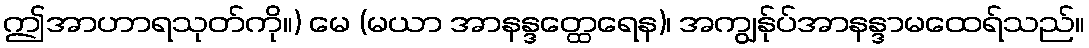
ဤအာဟာရသုတ်ကို။) မေ (မယာ အာနန္ဒတ္ထေရေန)၊ အကျွန်ုပ်အာနန္ဒာမထေရ်သည်။